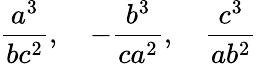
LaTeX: {\frac{a^{3}}{bc^{2}}},\quad-{\frac{b^{3}}{ca^{2}}},\quad{\frac{c^{3}}{ab^{2}}}